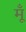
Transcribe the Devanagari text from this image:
मूँ